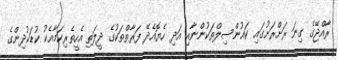
ރާއްޖޭގެ ގިނަ ރަށްރަށުގައި ކައުންސިލްތަކުންނާއި އަދި ހެޔޮއެދޭ ފަރާތްތަކުގެ ދީލަތި އެހީތެރިކަމާއެކު ކުޑަކުދިންގެ